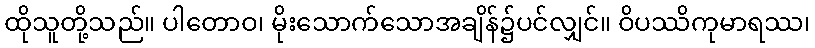
ထိုသူတို့သည်။ ပါတောဝ၊ မိုးသောက်သောအချိန်၌ပင်လျှင်။ ဝိပဿိကုမာရဿ၊